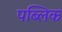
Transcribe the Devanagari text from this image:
पब्‍लिक